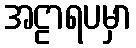
အဠာရပမှာ